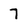
Character: 7